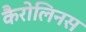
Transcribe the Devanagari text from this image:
कैरोलिनस